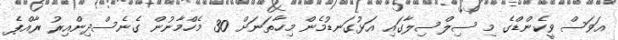
އަވަސް ވީކެންޑްގެ މި ސިލްސިލާގައި އަޅުގަނޑުމެން މިހާތަނަށް 30 މެހްމާނުން ގެނެސްދިންއިރު ރާއްޕެ